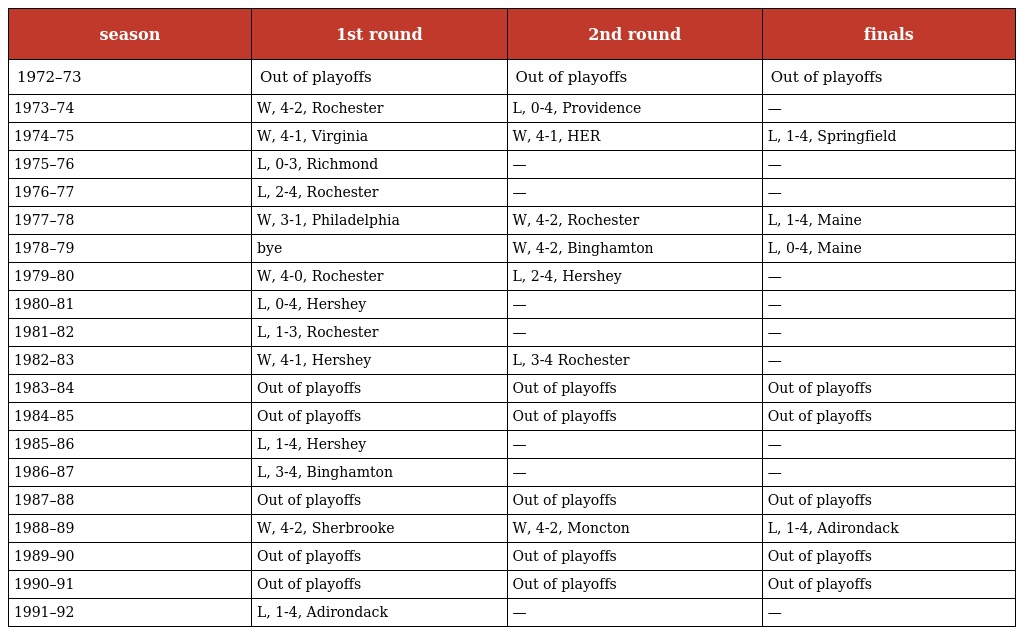
| season | 1st round | 2nd round | finals |
 | --- | --- | --- | --- |
 | 1972–73 | Out of playoffs | Out of playoffs | Out of playoffs |
 | 1973–74 | W, 4-2, Rochester | L, 0-4, Providence | — |
 | 1974–75 | W, 4-1, Virginia | W, 4-1, HER | L, 1-4, Springfield |
 | 1975–76 | L, 0-3, Richmond | — | — |
 | 1976–77 | L, 2-4, Rochester | — | — |
 | 1977–78 | W, 3-1, Philadelphia | W, 4-2, Rochester | L, 1-4, Maine |
 | 1978–79 | bye | W, 4-2, Binghamton | L, 0-4, Maine |
 | 1979–80 | W, 4-0, Rochester | L, 2-4, Hershey | — |
 | 1980–81 | L, 0-4, Hershey | — | — |
 | 1981–82 | L, 1-3, Rochester | — | — |
 | 1982–83 | W, 4-1, Hershey | L, 3-4 Rochester | — |
 | 1983–84 | Out of playoffs | Out of playoffs | Out of playoffs |
 | 1984–85 | Out of playoffs | Out of playoffs | Out of playoffs |
 | 1985–86 | L, 1-4, Hershey | — | — |
 | 1986–87 | L, 3-4, Binghamton | — | — |
 | 1987–88 | Out of playoffs | Out of playoffs | Out of playoffs |
 | 1988–89 | W, 4-2, Sherbrooke | W, 4-2, Moncton | L, 1-4, Adirondack |
 | 1989–90 | Out of playoffs | Out of playoffs | Out of playoffs |
 | 1990–91 | Out of playoffs | Out of playoffs | Out of playoffs |
 | 1991–92 | L, 1-4, Adirondack | — | — |